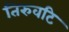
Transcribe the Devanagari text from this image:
तिरुवटि